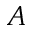
A